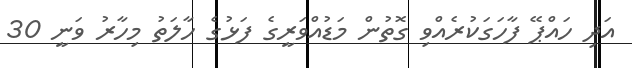
އަދި ހައްޕޭ ފާހަގަކުރެއްވި ގޮތުން މަޑުއްވަރީގެ ފަޅުގެ ހާލަތު މިހާރު ވަނީ 30